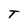
Character: T